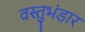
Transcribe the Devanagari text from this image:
वस्तुभंडार